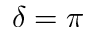
\delta = \pi